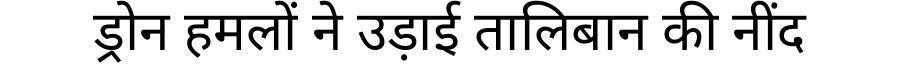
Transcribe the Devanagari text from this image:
ड्रोन हमलों ने उड़ाई तालिबान की नींद